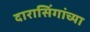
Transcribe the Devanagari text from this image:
दारासिंगांच्या